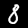
Label: 8